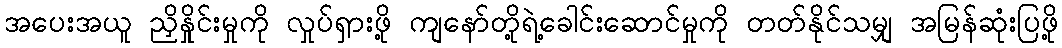
အပေးအယူ ညှိနှိုင်းမှုကို လှုပ်ရှားဖို့ ကျနော်တို့ရဲ့ခေါင်းဆောင်မှုကို တတ်နိုင်သမျှ အမြန်ဆုံးပြဖို့